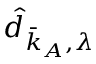
\hat { d } _ { \bar { \boldsymbol { k } } _ { A } , \lambda }